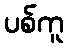
ပစ်ကူ